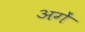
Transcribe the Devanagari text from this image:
अगें